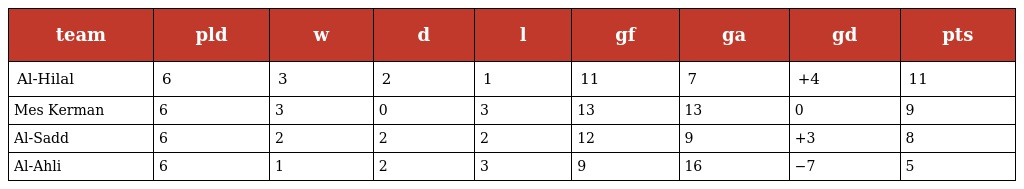
| team | pld | w | d | l | gf | ga | gd | pts |
 | --- | --- | --- | --- | --- | --- | --- | --- | --- |
 | Al-Hilal | 6 | 3 | 2 | 1 | 11 | 7 | +4 | 11 |
 | Mes Kerman | 6 | 3 | 0 | 3 | 13 | 13 | 0 | 9 |
 | Al-Sadd | 6 | 2 | 2 | 2 | 12 | 9 | +3 | 8 |
 | Al-Ahli | 6 | 1 | 2 | 3 | 9 | 16 | −7 | 5 |